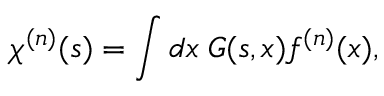
\chi ^ { ( n ) } ( s ) = \int d x \; G ( s , x ) f ^ { ( n ) } ( x ) ,